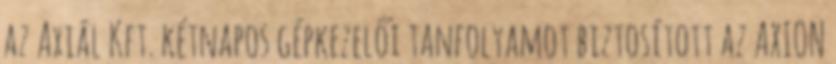
az Axiál Kft. kétnapos gépkezelői tanfolyamot biztosított az AXION